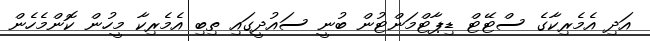
އަދި އެމެރިކާގެ ސްޓޭޓް ޑިޕާޓްމަންޓުން ބުނީ ސައުދީގައި ތިބި އެމެރިކާ މީހުން ކޮންމެހެން